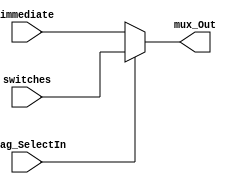
module Mux_In (immediate, switches, flag_SelectIn, mux_Out);

	input [15:0] immediate, switches;
	input flag_SelectIn;
	output reg [15:0] mux_Out;
	
	always@(*)
	begin
		if (flag_SelectIn)
			mux_Out = switches;
		else
			mux_Out = immediate;
	end

endmodule